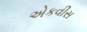
એકવીસ